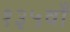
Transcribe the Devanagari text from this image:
१३५वाँ